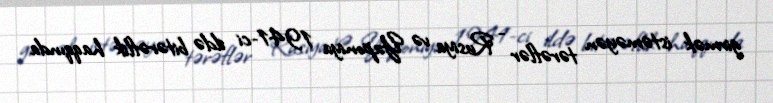
girmək istəməyən tərəflər - Rusiya və Yaponiya 1941-ci ildə bitərəflik haqqında